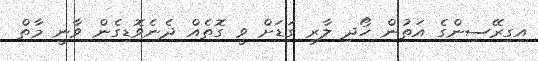
އިގިރޭސިންގެ އަތުން ހޯދި ލާރި ގަޑަށް ވީ ގޮތެއް ދެނެވޮޑިގެން ވާނީ މާތް